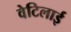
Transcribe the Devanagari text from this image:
वेटिलाई